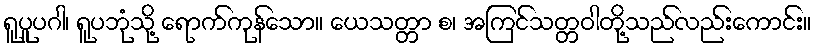
ရူပူပဂါ၊ ရူပဘုံသို့ ရောက်ကုန်သော။ ယေသတ္တာ စ၊ အကြင်သတ္တဝါတို့သည်လည်းကောင်း။